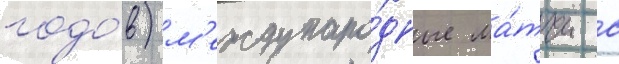
годо́в) м'еждунаро́дные ма́тчи с